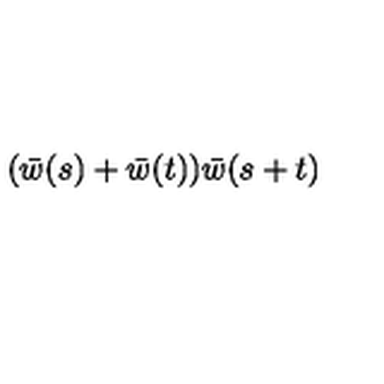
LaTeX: ( \bar { w } ( s ) + \bar { w } ( t ) ) \bar { w } ( s + t )